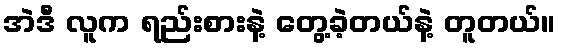
အဲဒီ လူက ရည်းစားနဲ့ တွေ့ခဲ့တယ်နဲ့ တူတယ်။